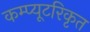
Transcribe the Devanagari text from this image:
कम्प्यूटरिकृत